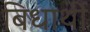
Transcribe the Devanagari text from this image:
बिधार्थी